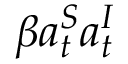
{ \beta a _ { t } ^ { S } a _ { t } ^ { I } }